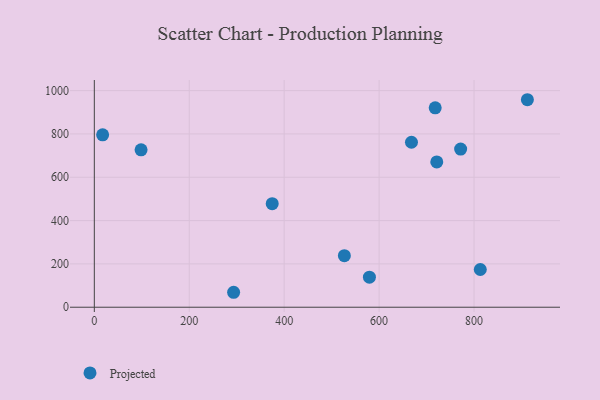
{"axis": {"x": "Engine Size", "y": "Demand"}, "legend": ["Projected"], "data": [{"x": "912.4", "y": 957.9, "type": "Projected"}, {"x": "17.5", "y": 795.8, "type": "Projected"}, {"x": "668.2", "y": 761.7, "type": "Projected"}, {"x": "526.8", "y": 237.9, "type": "Projected"}, {"x": "374.8", "y": 478.1, "type": "Projected"}, {"x": "293.5", "y": 69.0, "type": "Projected"}, {"x": "771.8", "y": 730.3, "type": "Projected"}, {"x": "718.2", "y": 920.6, "type": "Projected"}, {"x": "721.5", "y": 670.8, "type": "Projected"}, {"x": "579.6", "y": 138.6, "type": "Projected"}, {"x": "98.5", "y": 726.7, "type": "Projected"}, {"x": "813.2", "y": 174.2, "type": "Projected"}]}